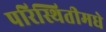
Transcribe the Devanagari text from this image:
परिस्थितीमधे